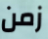
زمن